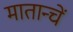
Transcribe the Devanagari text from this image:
मातान्चें